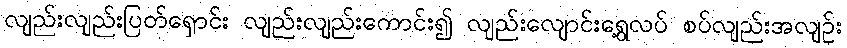
လျည်းလျည်းပြတ်ရှောင်း လျည်းလျည်းကောင်း၍ လျည်းလျောင်းရွေ့လပ် စပ်လျည်းအလျဉ်း